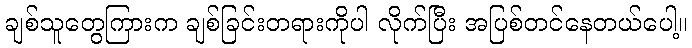
ချစ်သူတွေကြားက ချစ်ခြင်းတရားကိုပါ လိုက်ပြီး အပြစ်တင်နေတယ်ပေါ့။